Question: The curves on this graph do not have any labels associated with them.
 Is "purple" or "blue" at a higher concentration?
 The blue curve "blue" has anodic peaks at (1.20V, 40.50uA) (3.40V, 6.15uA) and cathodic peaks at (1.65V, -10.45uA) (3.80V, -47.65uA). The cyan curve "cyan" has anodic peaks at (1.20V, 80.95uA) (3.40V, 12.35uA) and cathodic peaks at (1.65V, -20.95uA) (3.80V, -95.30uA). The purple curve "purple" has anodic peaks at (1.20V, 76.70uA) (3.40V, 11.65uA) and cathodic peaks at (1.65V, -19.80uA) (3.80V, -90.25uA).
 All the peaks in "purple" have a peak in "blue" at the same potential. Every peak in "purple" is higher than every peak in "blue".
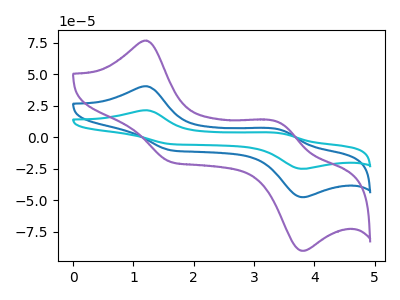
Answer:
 <answer>"purple" has more signal than "blue" and so likely has a higher concentration.</answer>
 <eval>more_concentration</eval>